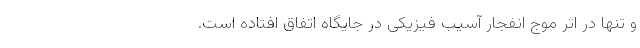
و تنها در اثر موج انفجار آسیب فیزیکی در جایگاه اتفاق افتاده است.